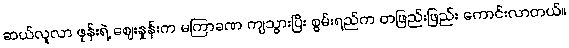
ဆယ်လူလာ ဖုန်းရဲ့ ဈေးနှုန်းက မကြာခဏ ကျသွားပြီး စွမ်းရည်က တဖြည်းဖြည်း ကောင်းလာတယ်။